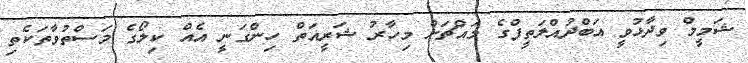
ޝަމީމް ވިދާޅުވީ އަބްދުއްލަތީފްގެ މައްޗަށް މިހާރު ޝަރީއަތް ހިންގަނީ އެއް ކިލޯގެ މަސްތުވާތަކެތި